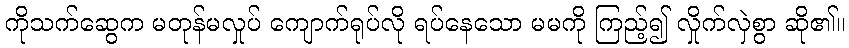
ကိုသက်ဆွေက မတုန်မလှုပ် ကျောက်ရုပ်လို ရပ်နေသော မမကို ကြည့်၍ လှိုက်လှဲစွာ ဆို၏။